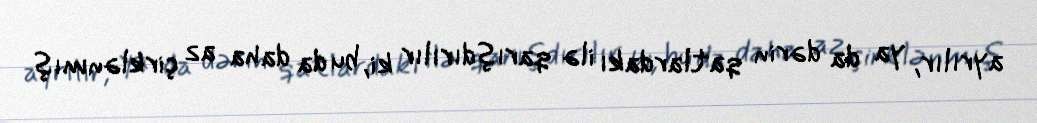
ayrılır, ya da dərin qatlardakı ilə qarışdırılır ki, bu da daha az çirklənmış